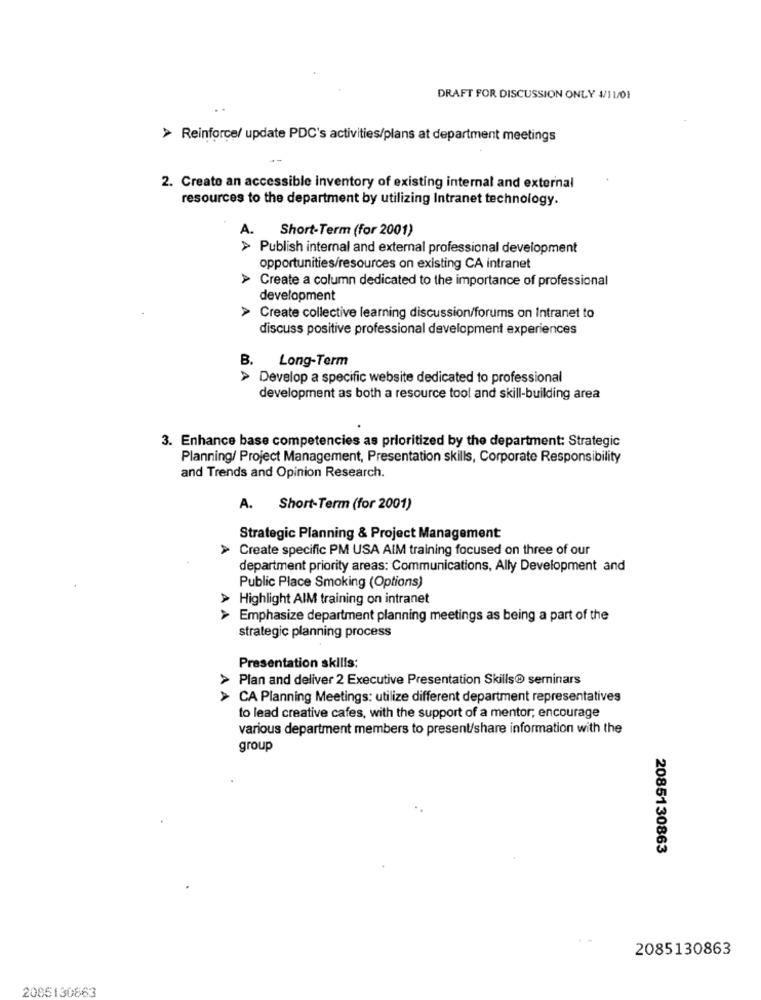
DRAFT FOR DISCUSSION ONLY 4/11/01
> Reinforce/ update PDC's activities/plans at department meetings
2. Create an accessible inventory of existing internal and external
resources to the department by utilizing Intranet technology.
Short-Term (for 2001)
A.
> Publish internal and external professional development
opportunities/resources on existing CA intranet
> Create a column dedicated to the importance of professional
development
> Create collective learning discussion/forums on Intranet to
discuss positive professional development experiences
B.
Long-Term
> Develop a specific website dedicated to professional
development as both a resource tool and skill-building area
3. Enhance base competencies as prioritized by the department: Strategic
Planning/ Project Management, Presentation skills, Corporate Responsibility
and Trends and Opinion Research.
A. Short-Term (for 2001)
Strategic Planning & Project Management
> Create specific PM USA AIM training focused on three of our
department priority areas: Communications, Ally Development and
Public Place Smoking (Options)
> Highlight AIM training on intranet
> Emphasize department planning meetings as being a part of the
strategic planning process
Presentation skills:
> Plan and deliver 2 Executive Presentation Skills® seminars
CA Planning Meetings: utilize different department representatives
to lead creative cafes, with the support of a mentor, encourage
various department members to present/share information with the
group
2085130863
2085130863
2085130863